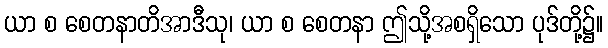
ယာ စ စေတနာတိအာဒီသု၊ ယာ စ စေတနာ ဤသို့အစရှိသော ပုဒ်တို့၌။